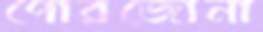
পোরজোনা